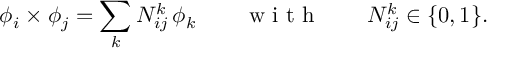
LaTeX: \phi _ { i } \times \phi _ { j } = \sum _ { k } { \cal N } _ { i j } ^ { k } \, \phi _ { k } \qquad \textrm { w i t h } \qquad { \cal N } _ { i j } ^ { k } \in \{ 0 , 1 \} .